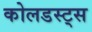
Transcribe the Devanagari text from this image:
कोलडस्ट्स